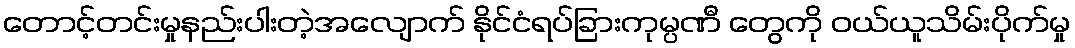
တောင့်တင်းမှုနည်းပါးတဲ့အလျောက် နိုင်ငံရပ်ခြားကုမ္ပဏီ တွေကို ဝယ်ယူသိမ်းပိုက်မှု